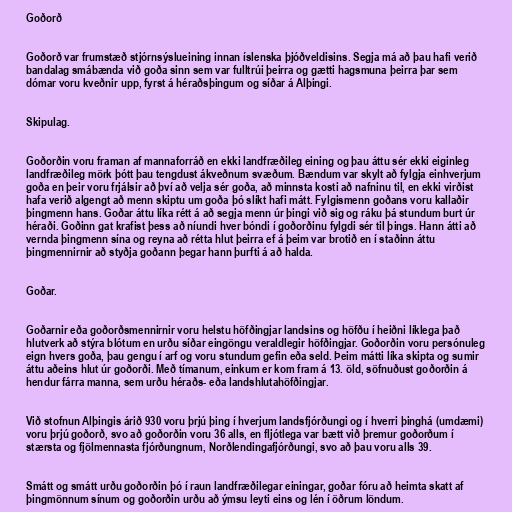
Goðorð

Goðorð var frumstæð stjórnsýslueining innan íslenska þjóðveldisins. Segja má að þau hafi verið
bandalag smábænda við goða sinn sem var fulltrúi þeirra og gætti hagsmuna þeirra þar sem
dómar voru kveðnir upp, fyrst á héraðsþingum og síðar á Alþingi.

Skipulag.

Goðorðin voru framan af mannaforráð en ekki landfræðileg eining og þau áttu sér ekki eiginleg
landfræðileg mörk þótt þau tengdust ákveðnum svæðum. Bændum var skylt að fylgja einhverjum
goða en þeir voru frjálsir að því að velja sér goða, að minnsta kosti að nafninu til, en ekki virðist
hafa verið algengt að menn skiptu um goða þó slíkt hafi mátt. Fylgismenn goðans voru kallaðir
þingmenn hans. Goðar áttu líka rétt á að segja menn úr þingi við sig og ráku þá stundum burt úr
héraði. Goðinn gat krafist þess að níundi hver bóndi í goðorðinu fylgdi sér til þings. Hann átti að
vernda þingmenn sína og reyna að rétta hlut þeirra ef á þeim var brotið en í staðinn áttu
þingmennirnir að styðja goðann þegar hann þurfti á að halda.

Goðar.

Goðarnir eða goðorðsmennirnir voru helstu höfðingjar landsins og höfðu í heiðni líklega það
hlutverk að stýra blótum en urðu síðar eingöngu veraldlegir höfðingjar. Goðorðin voru persónuleg
eign hvers goða, þau gengu í arf og voru stundum gefin eða seld. Þeim mátti líka skipta og sumir
áttu aðeins hlut úr goðorði. Með tímanum, einkum er kom fram á 13. öld, söfnuðust goðorðin á
hendur fárra manna, sem urðu héraðs- eða landshlutahöfðingjar.

Við stofnun Alþingis árið 930 voru þrjú þing í hverjum landsfjórðungi og í hverri þinghá (umdæmi)
voru þrjú goðorð, svo að goðorðin voru 36 alls, en fljótlega var bætt við þremur goðorðum í
stærsta og fjölmennasta fjórðungnum, Norðlendingafjórðungi, svo að þau voru alls 39.

Smátt og smátt urðu goðorðin þó í raun landfræðilegar einingar, goðar fóru að heimta skatt af
þingmönnum sínum og goðorðin urðu að ýmsu leyti eins og lén í öðrum löndum.